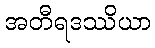
အတီရဒဿိယာ